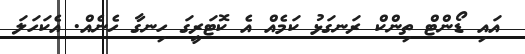
އައި ޑޯންޓް ތިންކް ރަނގަޅު ކަމެއް އެ ކޮޓަރީގަ ހިނގާ ހެނެއް. އެކަހަލަ